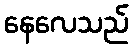
နေလေသည်